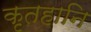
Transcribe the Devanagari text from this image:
कृतहानि